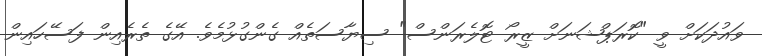
ވައުދަކަށް ވީ "ކޮރަޕްޝަނަށް ޒީރޯ ޓޮލެރަންސް" ސިޔާސަތެއް ގެންގުޅުމެވެ. އޭގެ ތެރެއިން ފަސޭހައިން